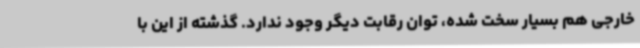
خارجی هم بسیار سخت شده، توان رقابت دیگر وجود ندارد. گذشته از این با